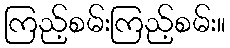
ကြည့်စမ်းကြည့်စမ်း။